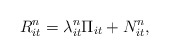
\begin{align*}R_{it}^n = \lambda_{it}^n \Pi_{it} + N_{it}^n,\end{align*}